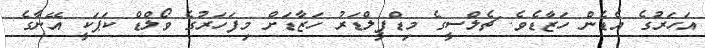
އަހަރުގެ އެޑެން ހަޒާޑެވެ. ޗެލްސީގެ މިޑްފީލްޑަރު ހަޒާޑަށް މިފަހަރުގެ ވޯލްޑް ކަޕަކީ އޭނާގެ